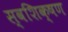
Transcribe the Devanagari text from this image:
स्वशिक्षण